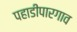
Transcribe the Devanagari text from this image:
पहाडीपारगाव